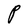
Character: P